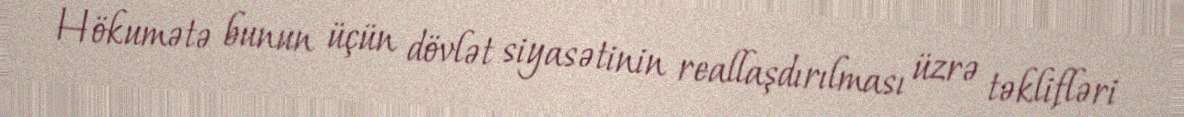
Hökumətə bunun üçün dövlət siyasətinin reallaşdırılması üzrə təklifləri